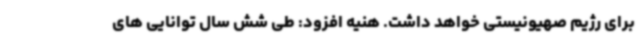
برای رژیم صهیونیستی خواهد داشت. هنیه افزود: طی شش سال توانایی های